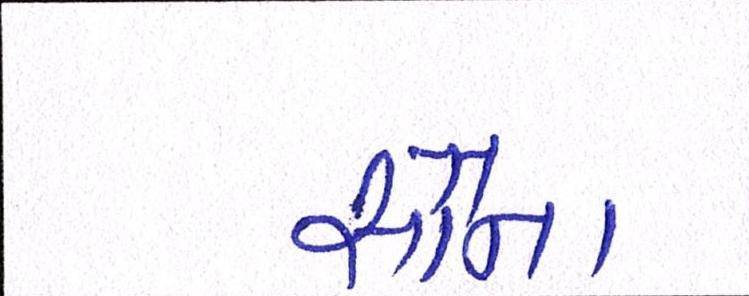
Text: સૌના